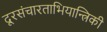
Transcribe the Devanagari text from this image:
दूरसंचारताभियान्त्रिकी